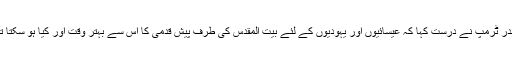
صدر ٹرمپ نے درست کہا کہ عیسائیوں اور یہودیوں کے لئے بیت المقدس کی طرف پیش قدمی کا اس سے بہتر وقت اور کیا ہو سکتا تھا۔